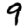
Digit: 9